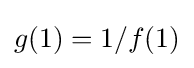
g(1)=1/f(1)